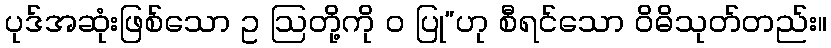
ပုဒ်အဆုံးဖြစ်သော ဥ ဩတို့ကို ဝ ပြု”ဟု စီရင်သော ဝိဓိသုတ်တည်း။